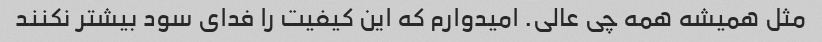
مثل همیشه همه چی عالی. امیدوارم که این کیفیت را فدای سود بیشتر نکنند